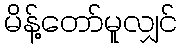
မိန့်တော်မူလျှင်